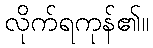
လိုက်ရကုန်၏။